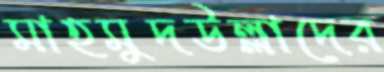
মাহমুদউল্লাদের